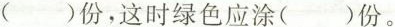
份，这时绿色应涂()份。